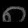
Digit: ၈